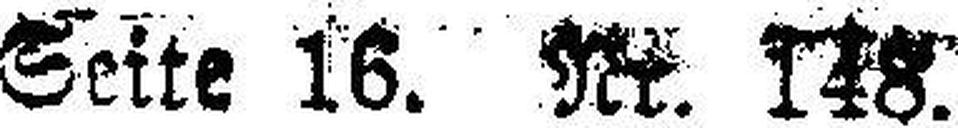
Seite 16. Nr. 148.